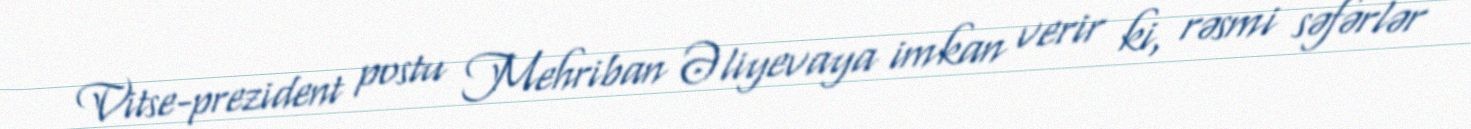
Vitse-prezident postu Mehriban Əliyevaya imkan verir ki, rəsmi səfərlər